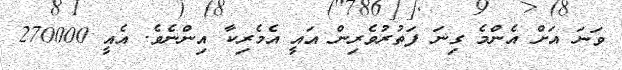
ވަނަ އަށް އެންމެ ގިނަ ފަތުރުވެރިން އައީ އެމެރިކާ އިންނެވެ. އެއީ 270000